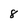
Character: 8